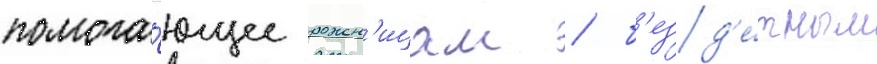
помога́ющее рожен'ицам / б'езд'е́тным